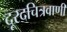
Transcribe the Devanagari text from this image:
दूरदचित्रवाणी